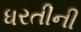
ધરતીની